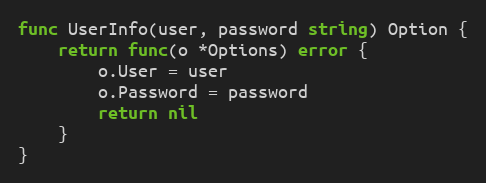
Language: Go
func UserInfo(user, password string) Option {
	return func(o *Options) error {
		o.User = user
		o.Password = password
		return nil
	}
}